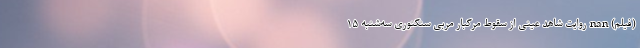
(فیلم) nan روایت شاهد عینی از سقوط مرگبار مربی سنگنوری سه‌شنبه ۱۵